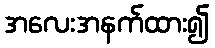
အလေးအနက်ထား၍